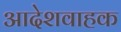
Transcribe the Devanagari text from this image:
आदेशवाहक